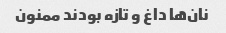
نان‌ها داغ و تازه بودند ممنون